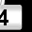
Digit: 4